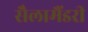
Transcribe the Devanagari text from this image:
सैलामैंडरी